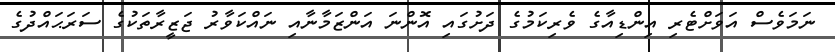
ނަމަވެސް އަވަށްޓެރި އިންޑިއާގެ ވެރިކަމުގެ ދަށުގައި އޮންނަ އަންޒަމާނާއި ނައްކަވާރު ޖަޒީރާތަކުގެ ސަރަޙައްދުގެ